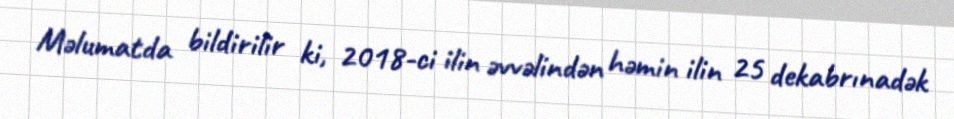
Məlumatda bildirilir ki, 2018-ci ilin əvvəlindən həmin ilin 25 dekabrınadək